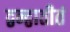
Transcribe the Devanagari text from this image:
द्वन्द्वातीतं